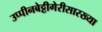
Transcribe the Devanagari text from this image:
उप्पीनबेट्टीगेरीसारख्या